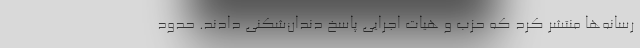
رسانه‌ها منتشر کرد که حزب و هیات اجرایی پاسخ دندان‌شکنی دادند. حدود